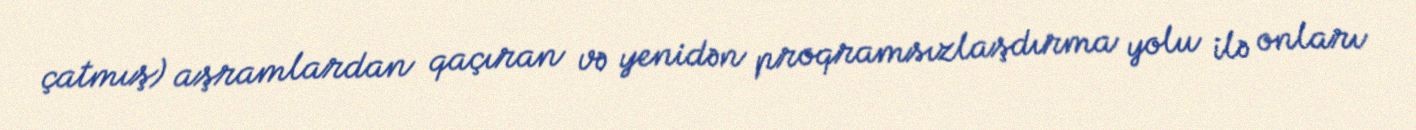
çatmış) aşramlardan qaçıran və yenidən proqramsızlaşdırma yolu ilə onları